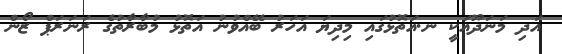
އަދި މަނަދޫއަކީ ނ.އަތޮޅުގައި މިދިޔަ އަހަރު ބޭއްވުނު އަތޮޅު މުބާރާތުގެ ރަނަރަޕް ޒޯން